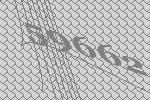
59662